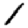
Digit: 1